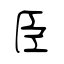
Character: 臣